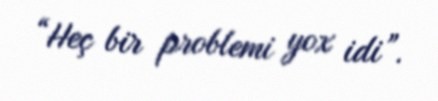
“Heç bir problemi yox idi”.